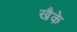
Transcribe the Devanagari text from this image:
खैके